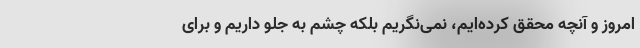
امروز و آنچه محقق کرده‌ایم، نمی‌نگریم بلکه چشم به جلو داریم و برای